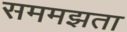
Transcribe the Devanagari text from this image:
सममझता